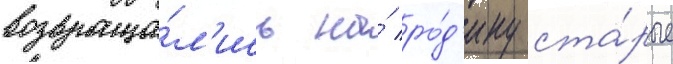
возвраща́л'ись на́ ро́д'ину ста́рые